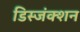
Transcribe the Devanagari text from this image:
डिस्जंक्शन